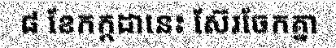
៨ ខែកក្កដានេះ ស៊ែរចែកគ្នា